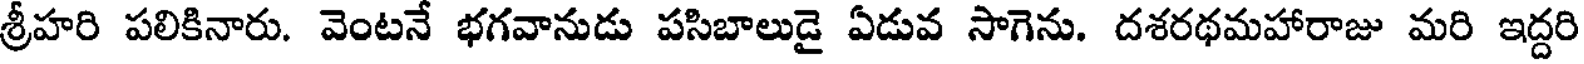
శ్రీహరి పలికినారు. వెంటనే భగవానుడు పసిబాలుడై ఏడువ సాగెను. దశరథమహారాజు మరి ఇద్దరి